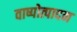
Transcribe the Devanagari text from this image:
वाष्पोत्पादन